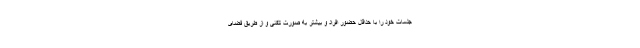
جلسات خود را با حداقل حضور افراد و بیشتر به صورت تلفنی و از طریق فضای